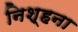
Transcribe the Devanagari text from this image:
निश्हना